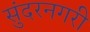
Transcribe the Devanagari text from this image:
सुंदरनगरी